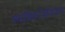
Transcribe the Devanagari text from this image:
व्यक्तिरेखेवरून